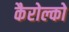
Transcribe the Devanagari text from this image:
कैरोल्को